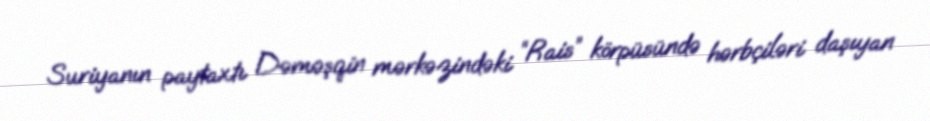
Suriyanın paytaxtı Dəməşqin mərkəzindəki “Rais” körpüsündə hərbçiləri daşıyan